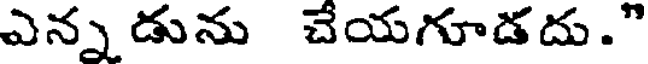
ఎన్న డును చేయగూడదు."